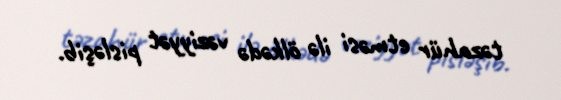
təzahür etməsi ilə ölkədə vəziyyət pisləşib.